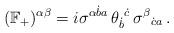
LaTeX: \begin{align*}(\mathbb{F}_+)^{\alpha\beta}=i\sigma^{\alpha\dot ba}\,\theta_{\dot b}{}^{\dot c}\,\sigma^\beta{}_{\dot ca}\,.\end{align*}